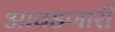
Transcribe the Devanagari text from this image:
आवडणारी